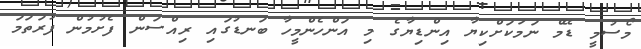
މޯސުމީ ޑޭމް ނަމަކަށްކިޔާ އިންޑިޔާގެ މި އަންހެންމީހާ ބަނޑުގައި ރިއްސަން ފެށުމުން ފުރަތަމަ